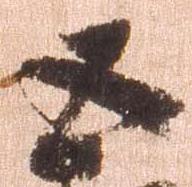
五